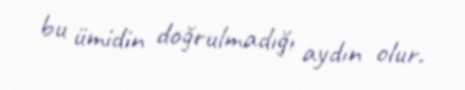
bu ümidin doğrulmadığı aydın olur.